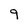
Character: 9